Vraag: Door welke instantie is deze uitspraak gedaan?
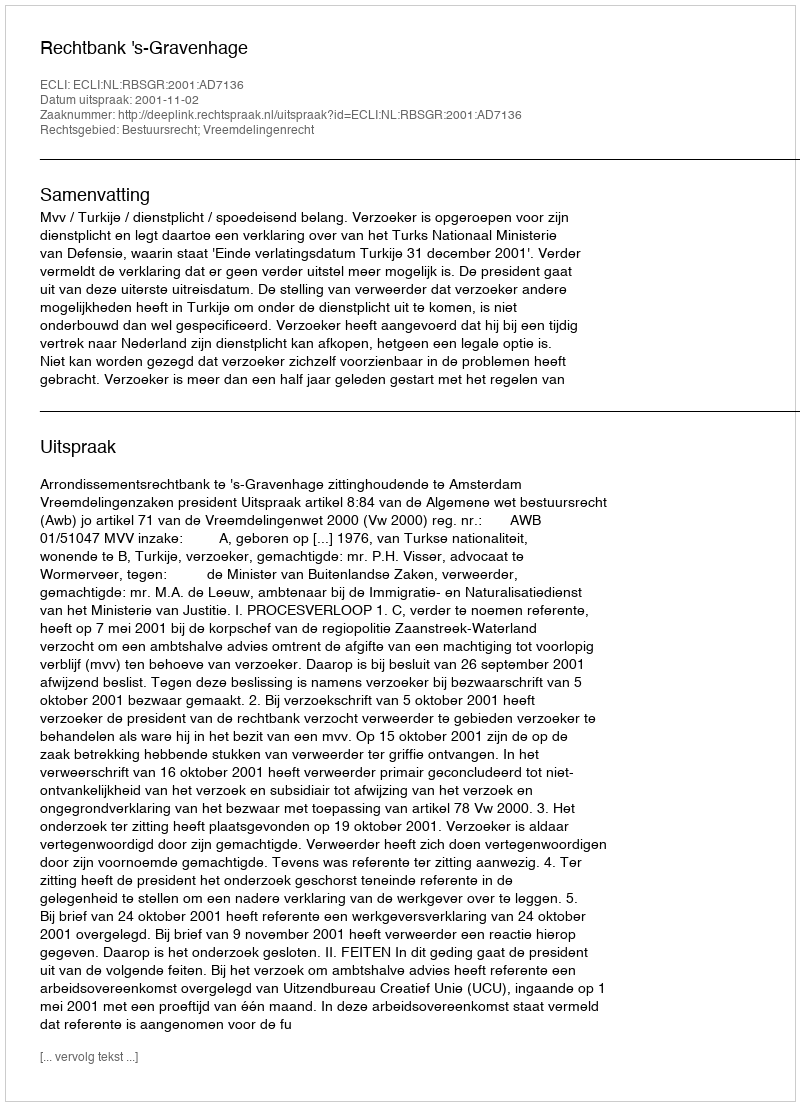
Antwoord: Rechtbank 's-Gravenhage